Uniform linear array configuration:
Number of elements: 24
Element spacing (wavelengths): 0.25
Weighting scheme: binomial
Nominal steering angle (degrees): -60
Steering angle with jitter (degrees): -60.811
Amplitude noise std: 0.05
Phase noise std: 0.05

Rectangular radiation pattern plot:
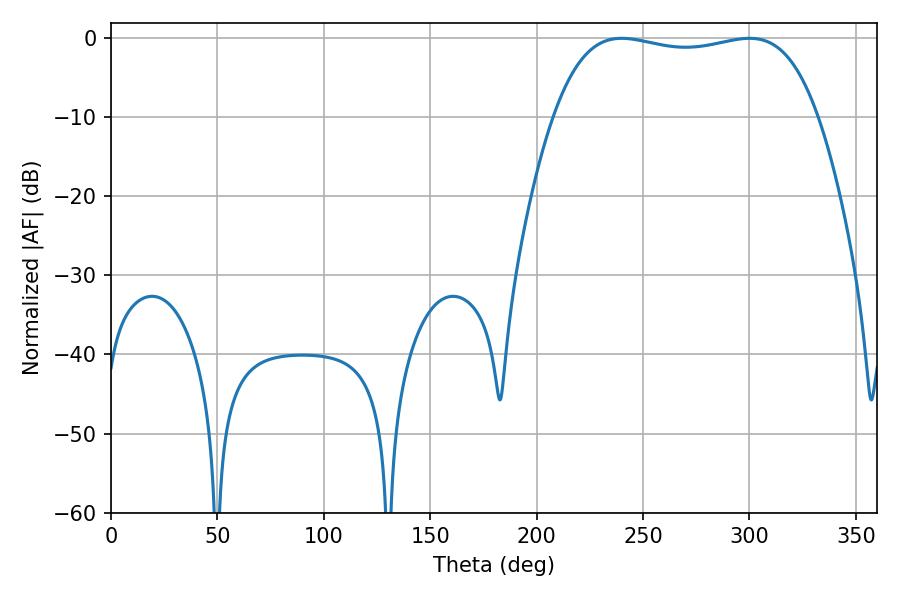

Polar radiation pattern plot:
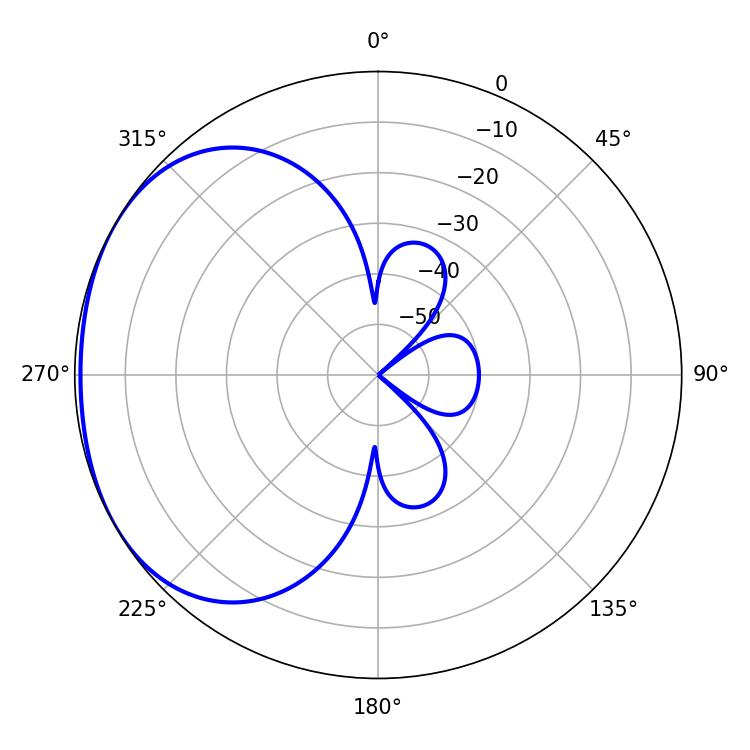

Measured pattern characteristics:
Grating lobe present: FALSE
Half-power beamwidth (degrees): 99.36
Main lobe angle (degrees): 239.94